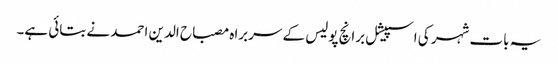
یہ بات شہر کی اسپیشل برانچ پولیس کے سربراہ مصباح الدین احمد نے بتائی ہے۔